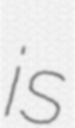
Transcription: is